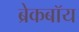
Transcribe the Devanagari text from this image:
ब्रेकबॉय